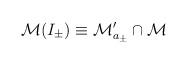
LaTeX: \begin{align*}\mathcal{M}(I_{\pm })\equiv \mathcal{M}_{a_{\pm }}^{\prime }\cap \mathcal{M}\end{align*}